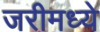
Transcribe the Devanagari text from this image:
जरीमध्ये